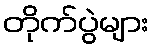
တိုက်ပွဲများ